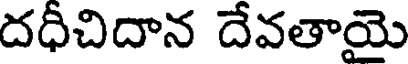
దధీచిదాన దేవతాయై